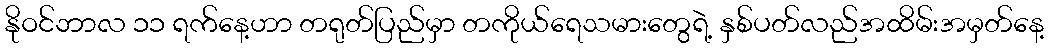
နိုဝင်ဘာလ ၁၁ ရက်နေ့ဟာ တရုတ်ပြည်မှာ တကိုယ်ရေသမားတွေရဲ့ နှစ်ပတ်လည်အထိမ်းအမှတ်နေ့